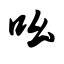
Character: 吆